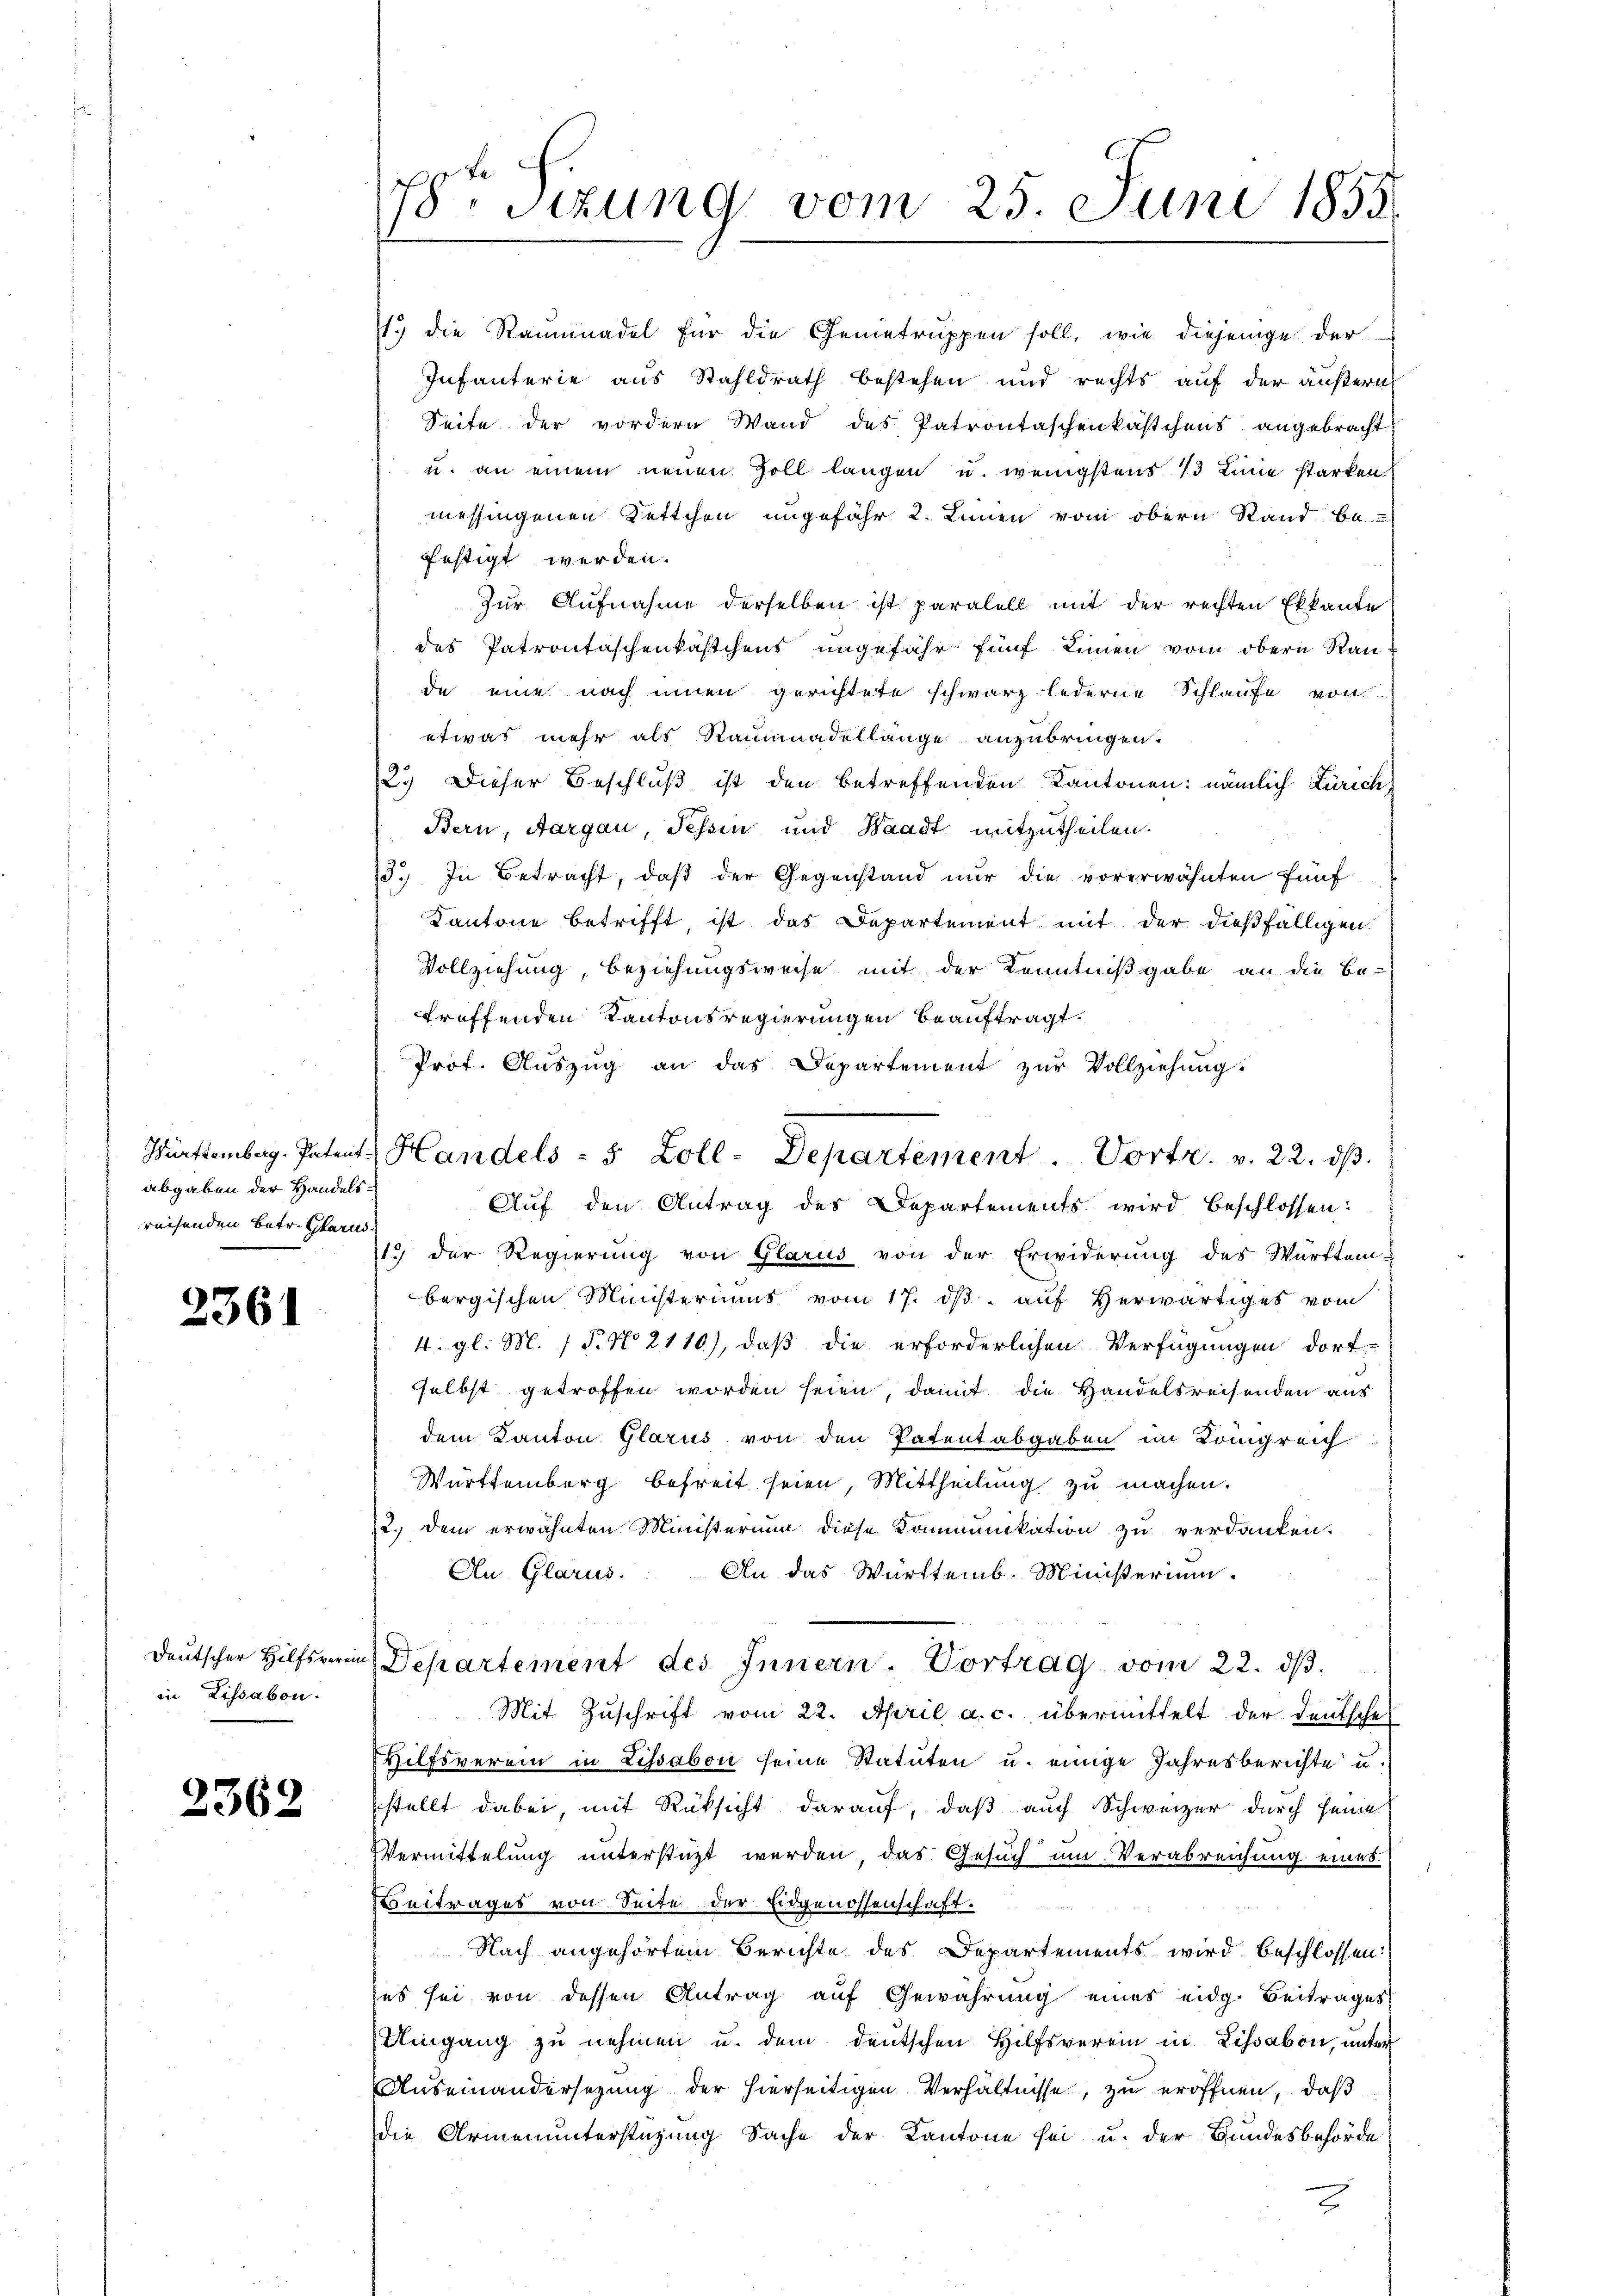
Württemberg-Patent
abgaben der Handelsreisenden Betr. Glarus

2361

Deutscher Hilfsverein
in Lissabon.

2362

78. Sizung vom 25. Juni 1855.

71.) die Stammadel für die Genietruppen soll, wie diejenige der
Infanterie aus Stahldrath bestehen und rechts auf der äußern
Seite der vordern Wand des Patrontaschenkästchens angebracht
u. an einem neuen Zoll langen u. wenigstens 13 Linie starken
messingenen Kettchen ungefähr 2. Linien vom obern Stand be-
festigt werden.
Zur Aufnahme derselben ist paralell mit der rechten Ekkante
des Patrontaschenkästchens ungefähr fünf Linnen vom obern Raude eine nach innen gerichtete schwarz lederne Schlaufe von
etwas mehr als Raumadellange anzubringen.
2.) Dieser Beschluß ist den betreffenden Kantonen: nämlich Zürich,
Bern, Aargau, Tessin und Waadt mitzutheilen.
3.) In Betracht, daß der Gegenstand nur die vorerwähnten fünf
Kantone betrifft, ist das Departement mit der dießfälligen.
Vollziehung, Beziehungsweise mit der Kenntnißgabe an die Be-
treffenden Kantonsregierungen beauftragt.
Prof. Auszug an das Departement zur Vollziehung.
Auf den Antrag des Departements wird beschlossen:
13 der Regierŭng von Glarus von der Erwiderung des Württem-
bergischen Ministeriums vom 17. dβ aŭf herwärtiges vom
4. gl. M. P. No. 2110), daß die erforderlichen Verfügungen dort-
selbst getroffen worden seien, damit die Handelsreisenden aus
dem Kanton Glarus von den Patentabgaben im Königreich
Württemberg befreit seien, Mittheilung zu machen.
12.) Dem erwähnten Ministerium diese Kommunikation zu verdanken.
An Glarus. An das Württemb. Ministerium.
Departement des Innern. Vortrag vom 22. dβ.
Mit Zuschrift vom 22. April a. c. übermittelt der Deutsche
Hilfsverein in Lissabon seine Statuten u. einige Jahresberichte u.
stellt dabei, mit Rüksicht darauf, daß auch Schweizer durch seine
Vermittelung unterstüzt werden das Gesuch um Verabreichung eines
Beitrages von Seite der Eidgenossenschaft.
Nach angehörtem Berichte des Departements wird beschlossen:
es sei von dessen Antrag auf Gewährung eines eidg. Beitrages
Umgang zu nehmen u. dem deutschen Hilfsverein in Lissabon, unter
Auseinandersezung der hierseitigen Verhältnisse, zu eröffnen, daß
die Armenunterstüzung Sache der Kantone sei u. der Bundesbehörde
2

Handels - 5 Zoll-Departement Vortr. v. 22. dβ.